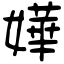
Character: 嬅